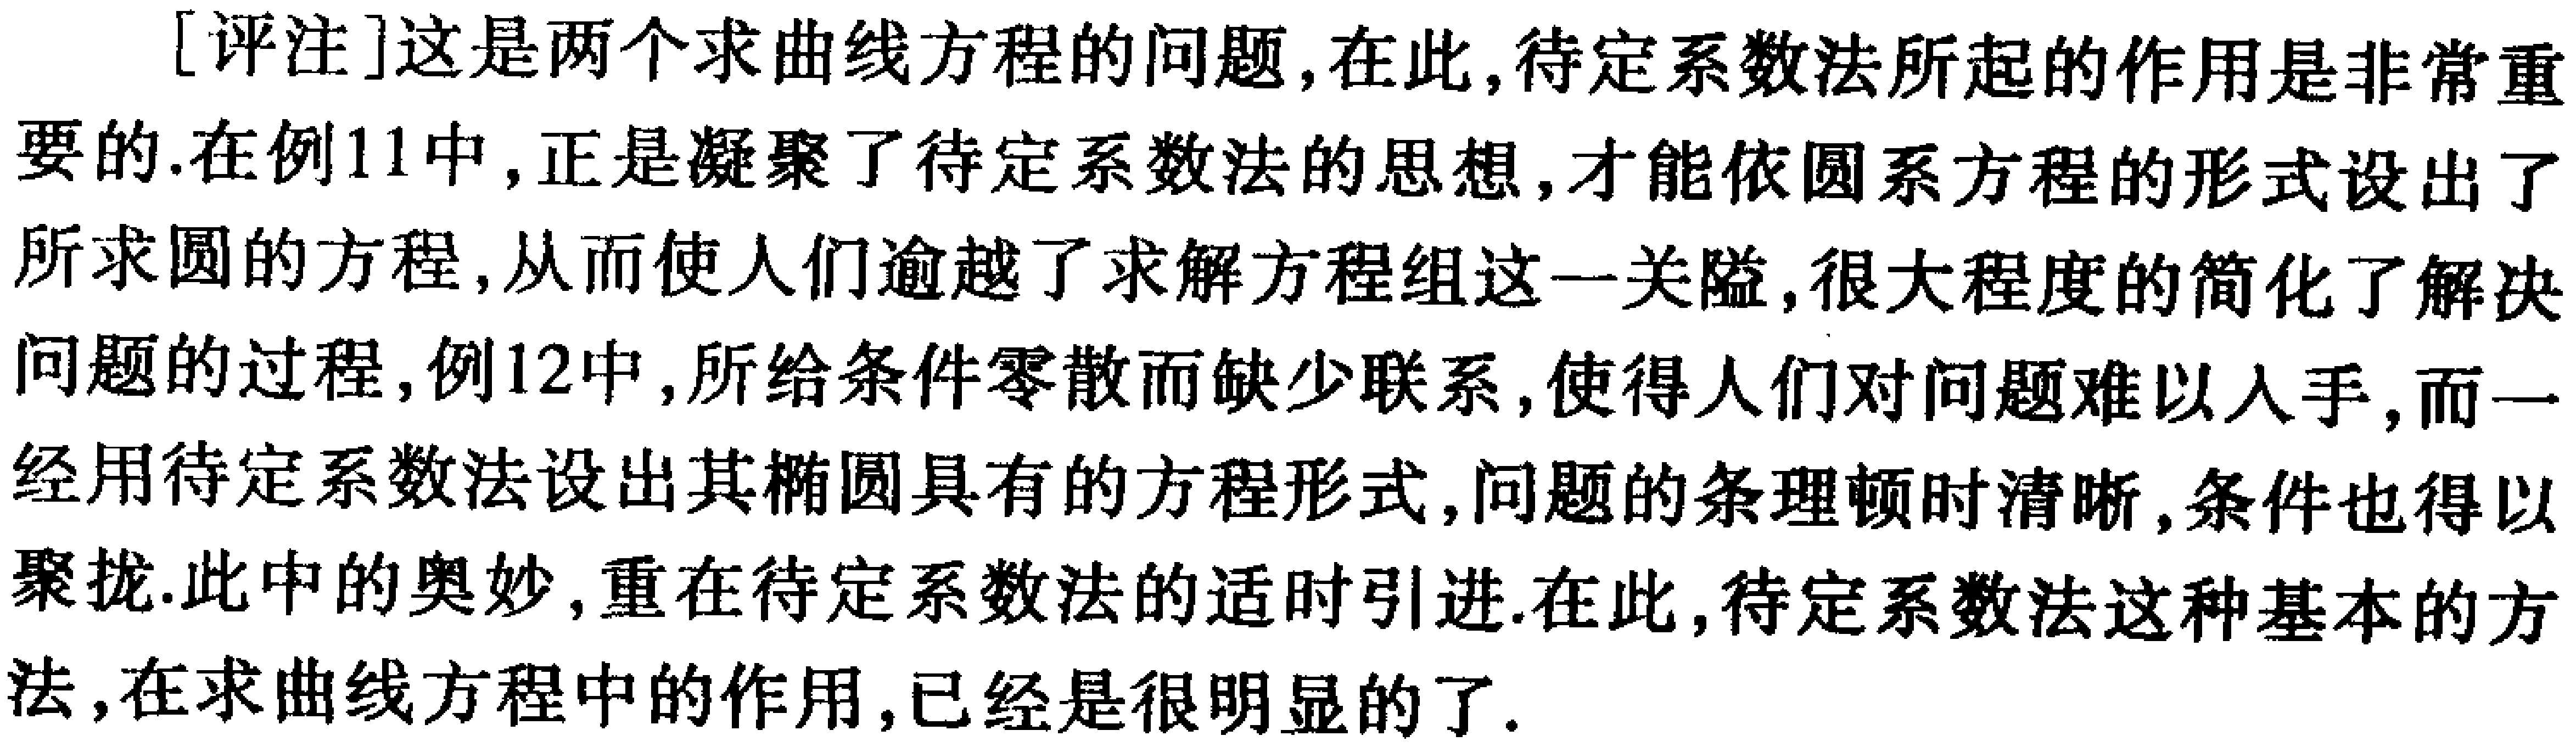
[评注]这是两个求曲线方程的问题,在此,待定系数法所起的作用是非常重要的.在例11中,正是凝聚了待定系数法的思想,才能依圆系方程的形式设出了所求圆的方程,从而使人们逾越了求解方程组这一关隘,很大程度的简化了解决问题的过程,例12中,所给条件零散而缺少联系,使得人们对问题难以入手,而一经用待定系数法设出其椭圆具有的方程形式,问题的条理顿时清晰,条件也得以聚拢.此中的奥妙,重在待定系数法的适时引进.在此,待定系数法这种基本的方法,在求曲线方程中的作用,已经是很明显的了.